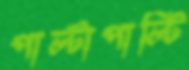
পাল্টাপাল্টি